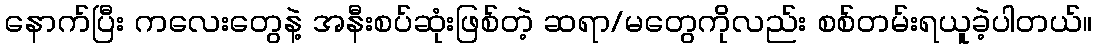
နောက်ပြီး ကလေးတွေနဲ့ အနီးစပ်ဆုံးဖြစ်တဲ့ ဆရာ/မတွေကိုလည်း စစ်တမ်းရယူခဲ့ပါတယ်။